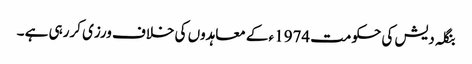
بنگلہ دیش کی حکومت 1974ء کے معاہدوں کی خلاف ورزی کررہی ہے ۔